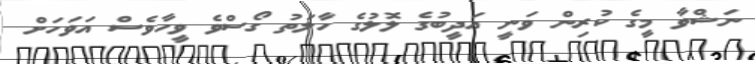
ނަޝްވާ މީގެ ކުރިން ވަނީ އަދީބުގެ ލޮލުގެ ހާލަތު ގޯސްވެ ވީހާވެސް އަވަހަށް